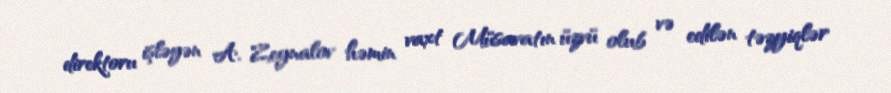
direktoru işləyən A. Zeynalov həmin vaxt Müsavatın üzvü olub və edilən təzyiqlər